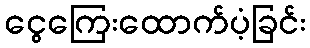
ငွေကြေးထောက်ပံ့ခြင်း